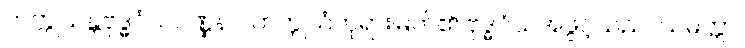
ကက္ကုသန္တဗုဒ္ဓဝံသဝဏ္ဏနာ၊ ကက္ကုသံဘုရားမြတ်၏ ဗုဒ္ဓဝံသအဖွင့်သည်။ သမတ္တာ၊